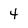
Character: 4